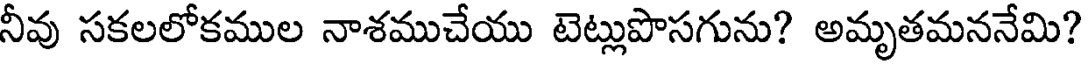
నీవు సకలలోకముల నాశముచేయు టెట్లుపొసగును? అమృతమననేమి?